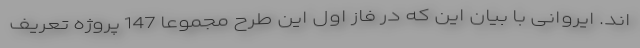
اند. ایروانی با بیان این که در فاز اول این طرح مجموعا 147 پروژه تعریف